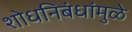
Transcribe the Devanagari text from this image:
शोधनिबंधांमुळे